Vaccination report Assam 1896-1927 - 1896-1927
Year: 1896
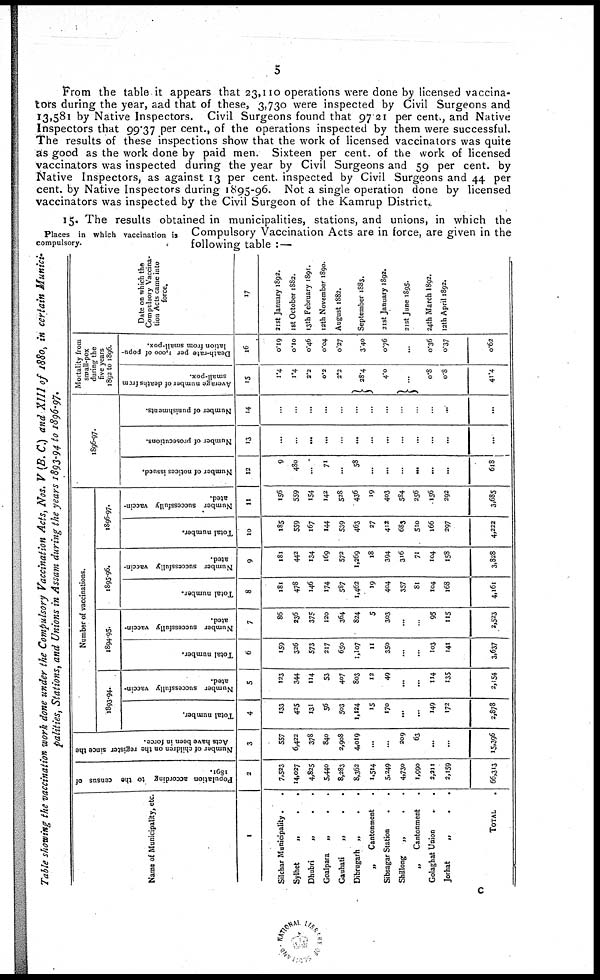
5
From the table it appears that 23,110 operations were done by licensed vaccina-
tors during the year, aad that of these, 3,730 were inspected by Civil Surgeons and
13,581 by Native Inspectors. Civil Surgeons found that 97.21 per cent., and Native
Inspectors that 99.37 per cent., of the operations inspected by them were successful.
The results of these inspections show that the work of licensed vaccinators was quite
as good as the work done by paid men. Sixteen per cent. of the work of licensed
vaccinators was inspected during the year by Civil Surgeons and 59 per cent. by
Native Inspectors, as against 13 per cent. inspected by Civil Surgeons and 44 per
cent. by Native Inspectors during 1895-96. Not a single operation done by licensed
vaccinators was inspected by the Civil Surgeon of the Kamrup District.
Places in which vaccination is
compulsory.
15. The results obtained in municipalities, stations, and unions, in which the
Compulsory Vaccination Acts are in force, are given in the
following table :—
Table showing the vaccination work done under the Compulsory Vaccination Acts, Nos. V (B. C.) and XIII of 1880, in certain Munici¬
palities, Stations, and Unions in Assam during the years 1893-94 to 1896-97.
Name of Municipality, etc.
1
Silchar Municipality . .
Sylhet
„ ..
Dhubri
„
..
Goalpara
„
..
Gauhati
„
. .
Dibrugarh „
. .
„
Cantonment .
Sibsagar Station ..
Shillong
„ ..
„
Cantonment
.
Golaghat Union
.
Jorhat
„
. .
TOTAL .
Population according to the census of
1891.
2
7,523
14,027
4,825
5,440
8,283
8,362
1,514
5,249
4,730
1,990
2,211
2,159
66,313
Number of children on the register since the
Acts have been in force.
3
557
6,422
378
840
2,908
4,019
...
...
209
63
...
...
15,396
Number of vaccinations.
1893-94.
Total number.
4
133
425
131
56
503
1,124
15
170
...
...
149
172
2,878
Number successfully vaccin-
ated.
5
123
344
114
53
407
803
12
49
...
...
114
135
2,154
1894-95.
Total number.
6
159
326
573
217
650
1,107
11
350
...
...
103
141
3,637
Number successfully vaccin-
ated.
7
86
236
375
120
364
824
5
303
...
...
95
115
2,523
1895-96.
Total number.
8
181
478
146
174
587
1,462
19
404
357
81
104
168
4,161
Number successfully vaccin-
ated.
9
181
442
134
169
572
1,269
18
394
316
71
104
158
3,828
1896-97.
Total number.
10
185
559
167
144
539
463
27
412
683
510
166
297
4,222
Number successfully vaccin-
ated.
11
156
559
154
142
528
436
19
403
584
256
156
292
3,685
1896-97.
Number of notices issued.
12
9
480
...
71
...
58
...
...
...
...
...
...
618
Number of prosecutions.
13
...
...
...
...
...
...
...
...
...
...
...
...
...
Number of punishments.
14
...
...
...
...
...
...
...
...
...
...
...
...
...
Mortality from
small-pox
during the
five years
1892 to 1896.
Average number of deaths from
small-pox.
15
1.4
1.4
2.2
0.2
2.2
28.4
4.0
...
0.8
0.8
41.4
Death-rate per 1,000 of popu-
lation from small-pox.
16
0.19
0.10
0.46
0.04
0.27
3.40
0.76
...
0.36
0.37
0.62
Date on which the
Compulsory Vaccina-
tion Acts came into
force.
17
21st January 1892.
1st October 1882.
13th February 1891.
12th November 1890.
August 1882.
September 1883.
21st January 1892.
21st June 1895.
24th March 1892.
12th April 1892.
c